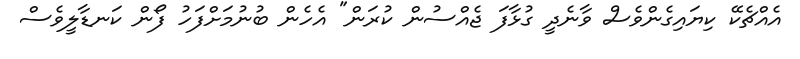
އެއްޗެކޭ ކިޔައިގެންވެސް ވާނެދީ ގުޅާފަ ޖެއްސުން ކުރަން" އެހެން ބުނުމަށްފަހު ފޯން ކަނޑާލީވެސް